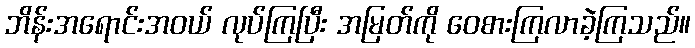
ဘိန်းအရောင်းအဝယ် လုပ်ကြပြီး အမြတ်ကို ဝေစားကြလာခဲ့ကြသည်။